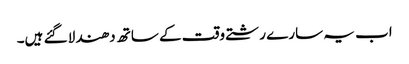
اب یہ سارے رشتے وقت کے ساتھ دھندلا گئے ہیں۔